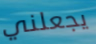
يجعلني